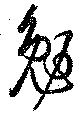
勉